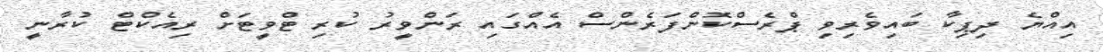
އިއްޔެ ދިޕިކާ ބައިވެރިވި ޕްރެސްކޮންފަރެންސް އެއްގައި ރަންވީރު ކުރި ޓްވީޓަށް ރިއެކްޓް ކުރާނީ